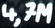
Text: 4,7M